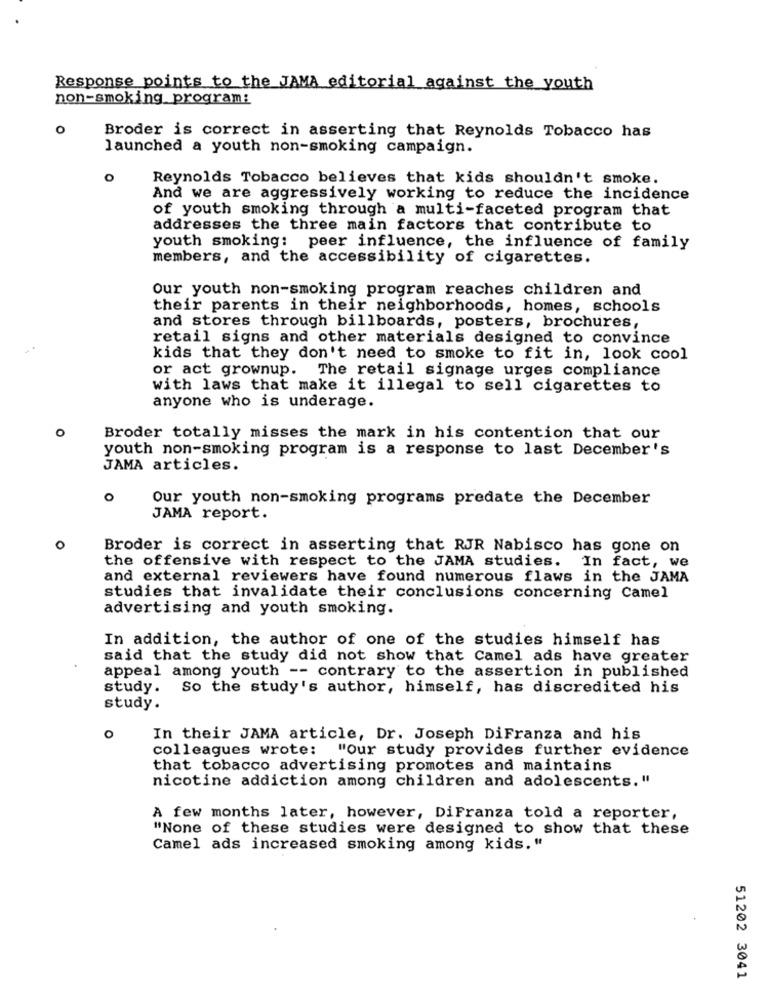
Response points to the JAMA editorial against the youth
non-smoking program:
0
Broder is correct in asserting that Reynolds Tobacco has
launched a youth non-smoking campaign.
O
Reynolds Tobacco believes that kids shouldn't smoke.
And we are aggressively working to reduce the incidence
of youth smoking through a multi-faceted program that
addresses the three main factors that contribute to
youth smoking: peer influence, the influence of family
members, and the accessibility of cigarettes.
our youth non-smoking program reaches children and
their parents in their neighborhoods, homes, schools
and stores through billboards, posters, brochures,
retail signs and other materials designed to convince
kids that they don't need to smoke to fit in, look cool
or act grownup. The retail signage urges compliance
with laws that make it illegal to sell cigarettes to
anyone who is underage.
o
Broder totally misses the mark in his contention that our
youth non-smoking program is a response to last December's
JAMA articles.
O
Our youth non-smoking programs predate the December
JAMA report.
0
Broder is correct in asserting that RJR Nabisco has gone on
the offensive with respect to the JAMA studies. In fact, we
and external reviewers have found numerous flaws in the JAMA
studies that invalidate their conclusions concerning Camel
advertising and youth smoking.
In addition, the author of one of the studies himself has
said that the study did not show that Camel ads have greater
appeal among youth -- contrary to the assertion in published
study. So the study's author, himself, has discredited his
study.
0
In their JAMA article, Dr. Joseph DiFranza and his
colleagues wrote: "Our study provides further evidence
that tobacco advertising promotes and maintains
nicotine addiction among children and adolescents."
A few months later, however, DiFranza told a reporter,
"None of these studies were designed to show that these
Camel ads increased smoking among kids."
51202 3041